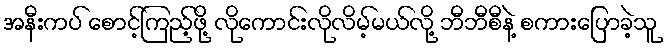
အနီးကပ် စောင့်ကြည့်ဖို့ လိုကောင်းလိုလိမ့်မယ်လို့ ဘီဘီစီနဲ့ စကားပြောခဲ့သူ